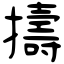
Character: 擣